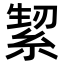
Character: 𮈛